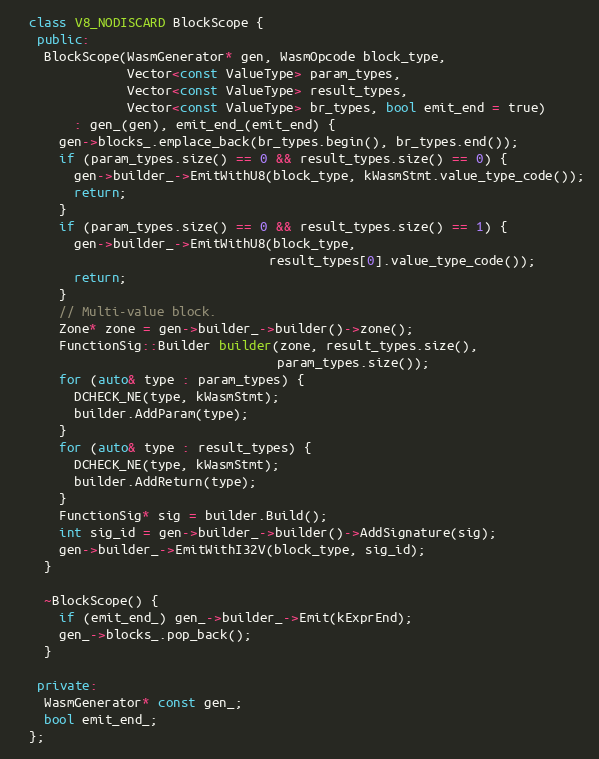
Language: C++
  class V8_NODISCARD BlockScope {
   public:
    BlockScope(WasmGenerator* gen, WasmOpcode block_type,
               Vector<const ValueType> param_types,
               Vector<const ValueType> result_types,
               Vector<const ValueType> br_types, bool emit_end = true)
        : gen_(gen), emit_end_(emit_end) {
      gen->blocks_.emplace_back(br_types.begin(), br_types.end());
      if (param_types.size() == 0 && result_types.size() == 0) {
        gen->builder_->EmitWithU8(block_type, kWasmStmt.value_type_code());
        return;
      }
      if (param_types.size() == 0 && result_types.size() == 1) {
        gen->builder_->EmitWithU8(block_type,
                                  result_types[0].value_type_code());
        return;
      }
      // Multi-value block.
      Zone* zone = gen->builder_->builder()->zone();
      FunctionSig::Builder builder(zone, result_types.size(),
                                   param_types.size());
      for (auto& type : param_types) {
        DCHECK_NE(type, kWasmStmt);
        builder.AddParam(type);
      }
      for (auto& type : result_types) {
        DCHECK_NE(type, kWasmStmt);
        builder.AddReturn(type);
      }
      FunctionSig* sig = builder.Build();
      int sig_id = gen->builder_->builder()->AddSignature(sig);
      gen->builder_->EmitWithI32V(block_type, sig_id);
    }

    ~BlockScope() {
      if (emit_end_) gen_->builder_->Emit(kExprEnd);
      gen_->blocks_.pop_back();
    }

   private:
    WasmGenerator* const gen_;
    bool emit_end_;
  };